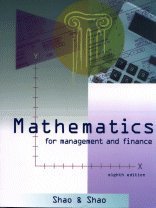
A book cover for Mathematics for Management and Finance; Stephen Shao; Business & Money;